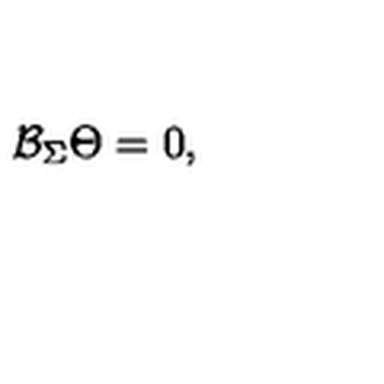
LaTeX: \mathcal { B } _ { \Sigma } \Theta = 0 ,